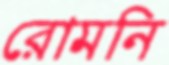
রোমনি